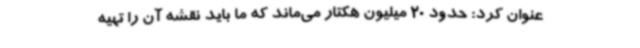
عنوان کرد: حدود 20 میلیون هکتار می‌ماند که ما باید نقشه آن را تهیه